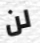
لن